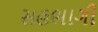
સહભાગી